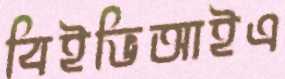
বিইভিআইএ